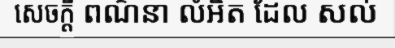
សេចក្តី ពណ៌នា លំអិត ដែល សល់